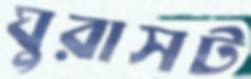
ঘুরাসট